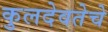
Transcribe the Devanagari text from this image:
कुलदेवतेचे